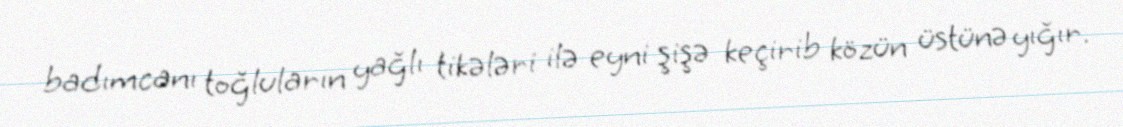
badımcanı toğluların yağlı tikələri ilə eyni şişə keçirib közün üstünə yığır.